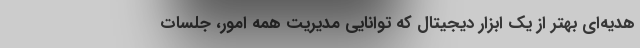
هدیه‌ای بهتر از یک ابزار دیجیتال که توانایی مدیریت همه امور، جلسات